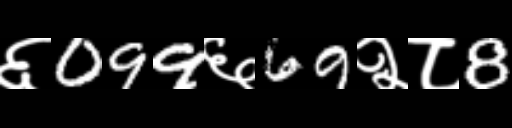
Text: ६099६69२८8